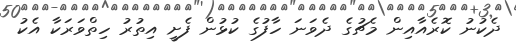
ދެކުނު ކޮރެއާއިން މެޗުގެ ދެވަނަ ހާފުގެ ކުޅުން ފެށީ އިތުރު ހިތްވަރަކާ އެކު